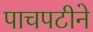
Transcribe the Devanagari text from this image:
पाचपटीने